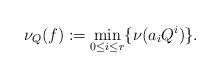
LaTeX: \begin{align*}\nu_Q(f):=\min_{0\leq i\leq r}\{\nu(a_iQ^i)\}.\end{align*}